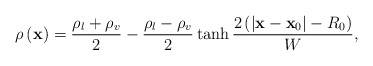
\begin{align*}\rho \left( {\bf{x}} \right) = \frac{{{\rho _l} + {\rho _v}}}{2} - \frac{{{\rho _l} - {\rho _v}}}{2}\tanh \frac{{2\left( {\left| {{\bf{x}} - {{\bf{x}}_0}} \right| - {R_0}} \right)}}{W},\end{align*}